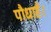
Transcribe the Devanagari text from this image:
पौधाहै।